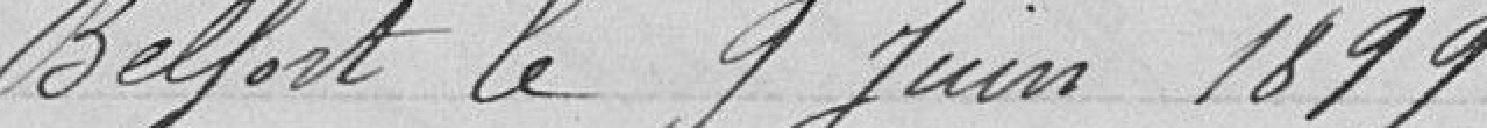
Belfort, le 9 Juin 1899